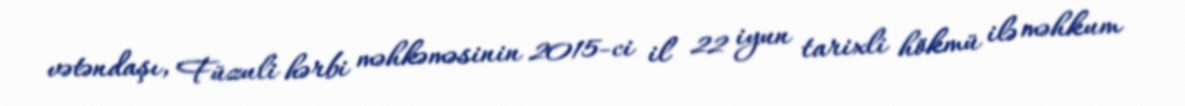
vətəndaşı, Füzuli hərbi məhkəməsinin 2015-ci il 22 iyun tarixli hökmü ilə məhkum